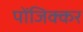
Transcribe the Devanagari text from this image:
पोंजिक्कर